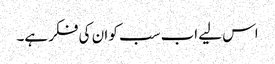
اس لیے اب سب کو ان کی فکر ہے۔